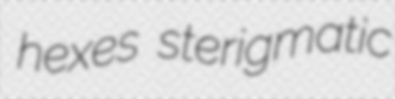
hexes sterigmatic